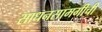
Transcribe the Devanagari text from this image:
साधनसामगीची